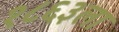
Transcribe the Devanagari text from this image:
१८६३ला